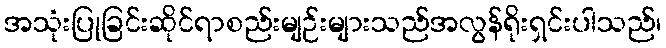
အသုံးပြုခြင်းဆိုင်ရာစည်းမျဉ်းများသည်အလွန်ရိုးရှင်းပါသည်၊